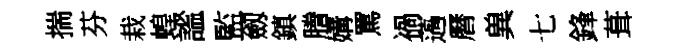
揣芬栽蝗謐監劔鎮謄媾罵禍薖曆兾七鋒葺